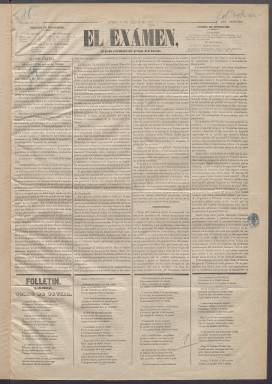
Título: El Examen (Madrid)
Colección: Periódicos anteriores a 1850
Ámbito geográfico: Madrid
Lugar de publicación: Madrid
Fechas: 01/01/1849-11/01/1849